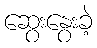
ဆွေးနွေးခဲ့